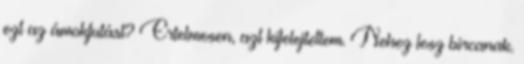
ezt az ámokfutást? Ertelmesen, azt kifelejtettem. Nehez lesz bircanak.